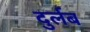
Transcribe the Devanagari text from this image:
दुर्लब